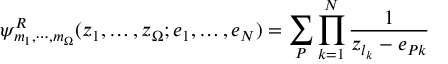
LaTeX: \psi _ { m _ { 1 } , \cdots , m _ { \Omega } } ^ { R } ( z _ { 1 } , \dots , z _ { \Omega } ; e _ { 1 } , \dots , e _ { N } ) = \sum _ { \cal P } \prod _ { k = 1 } ^ { N } \frac { 1 } { z _ { l _ { k } } - e _ { { \cal P } k } }